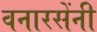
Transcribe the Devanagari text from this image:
वनारसेंनी